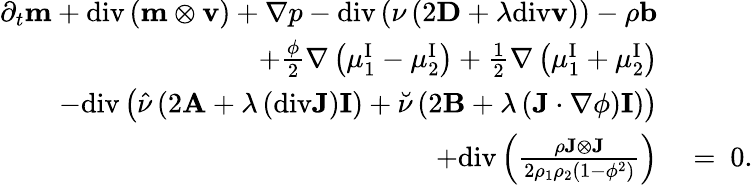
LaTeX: \begin{array}{rl}{\partial_{t}\mathbf{m}+\mathrm{div}\left(\mathbf{m}\otimes\mathbf{v}\right)+\nabla p-\mathrm{div}\left(\nu\left(2\mathbf{D}+\lambda\mathrm{div}\mathbf{v}\right)\right)-\rho\mathbf{b}}&{{}}\\ {+\frac{\phi}{2}\nabla\left(\mu_{1}^{\mathrm{I}}-\mu_{2}^{\mathrm{I}}\right)+\frac{1}{2}\nabla\left(\mu_{1}^{\mathrm{I}}+\mu_{2}^{\mathrm{I}}\right)}&{{}}\\ {-\mathrm{div}\left(\hat{\nu}\left(2\mathbf{A}+\lambda\left(\mathrm{div}\mathbf{J}\right)\mathbf{I}\right)+\breve{\nu}\left(2\mathbf{B}+\lambda\left(\mathbf{J}\cdot\nabla\phi\right)\mathbf{I}\right)\right)}&{{}}\\ {+\mathrm{div}\left(\frac{\rho\mathbf{J}\otimes\mathbf{J}}{2\rho_{1}\rho_{2}(1-\phi^{2})}\right)}&{{}=~0.}\end{array}